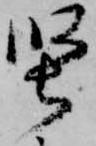
堅